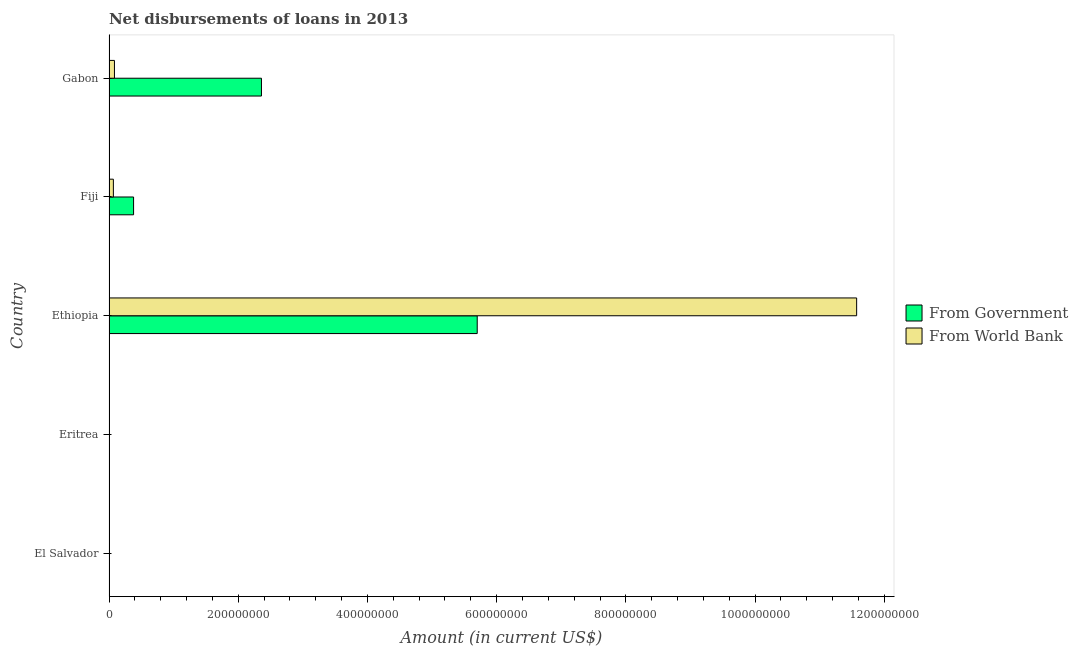
| Country | From Government | From World Bank |
 | --- | --- | --- |
 | El Salvador | -1.01e+07 | -4.36e+07 |
 | Eritrea | -4.75e+07 | -6.88e+06 |
 | Ethiopia | 5.7e+08 | 1.16e+09 |
 | Fiji | 3.8e+07 | 6.74e+06 |
 | Gabon | 2.36e+08 | 8.42e+06 |